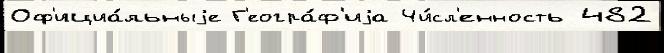
Оф'ициа́льныjе Г'еогра́ф'иjа Чи́сл'енность 482